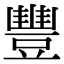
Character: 豐